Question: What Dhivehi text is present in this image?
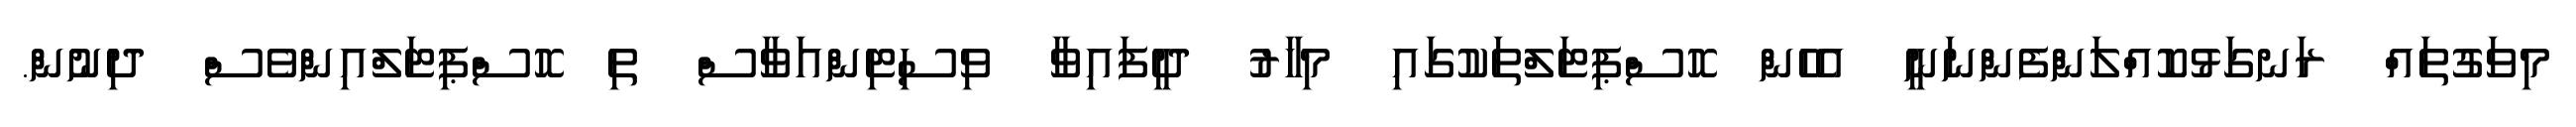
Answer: މިވަގުތައް ރަނގަޅުކޮއްލަންފެންނަނީ އެހެން ހޮސްޕިޓަލްތަކުގައި މިހާރު ދީފައިވާ ވިސިޓިންއަވާސް ތި ހޮސްޕިޓަލްއިންވެސް ދިނުން.